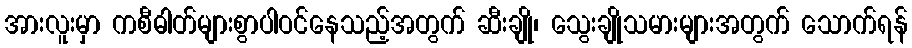
အားလူးမှာ ကစီဓါတ်များစွာပါဝင်နေသည့်အတွက် ဆီးချို၊ သွေးချိုသမားများအတွက် သောက်ရန်